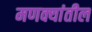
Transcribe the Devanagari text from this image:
मणक्यांतील